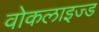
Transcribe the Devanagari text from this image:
वोकलाइज्ड